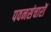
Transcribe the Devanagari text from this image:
पवनसंचारों